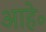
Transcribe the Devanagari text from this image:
आहे॰